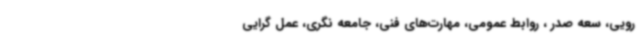
رویی، سعه صدر ، روابط عمومی، مهارت‌های فنی، جامعه نگری، عمل گرایی